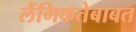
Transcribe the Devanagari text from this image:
लैंगिकतेबाबत